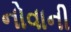
નોવાની